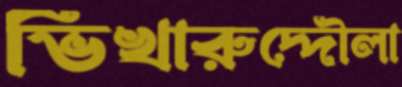
ভিখারুদ্দৌলা